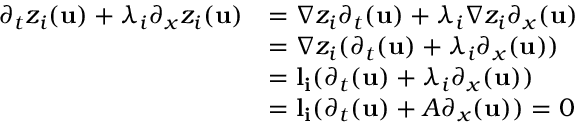
\begin{array} { r l } { \partial _ { t } z _ { i } ( \mathbf { u } ) + \lambda _ { i } \partial _ { x } z _ { i } ( \mathbf { u } ) } & { = \nabla z _ { i } \partial _ { t } ( \mathbf { u } ) + \lambda _ { i } \nabla z _ { i } \partial _ { x } ( \mathbf { u } ) } \\ & { = \nabla z _ { i } ( \partial _ { t } ( \mathbf { u } ) + \lambda _ { i } \partial _ { x } ( \mathbf { u } ) ) } \\ & { = \mathbf { l _ { i } } ( \partial _ { t } ( \mathbf { u } ) + \lambda _ { i } \partial _ { x } ( \mathbf { u } ) ) } \\ & { = \mathbf { l _ { i } } ( \partial _ { t } ( \mathbf { u } ) + A \partial _ { x } ( \mathbf { u } ) ) = 0 } \end{array}